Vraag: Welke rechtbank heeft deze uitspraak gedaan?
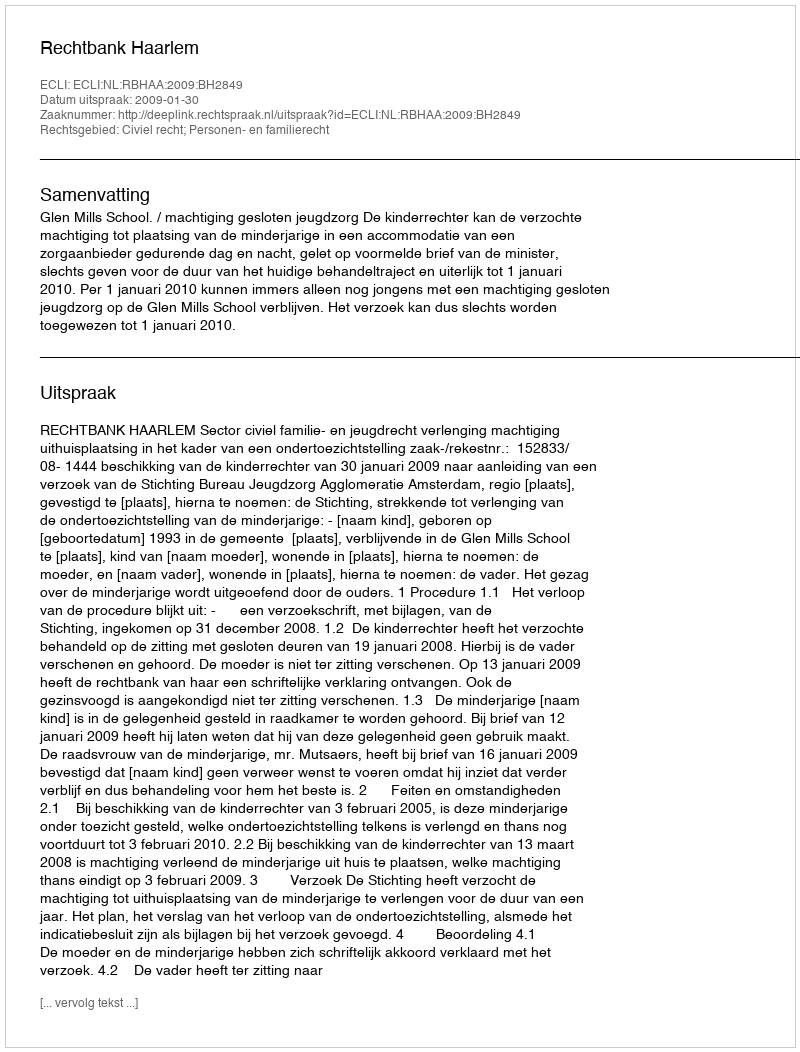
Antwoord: Rechtbank Haarlem